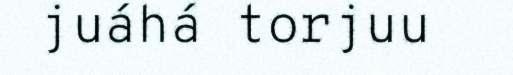
juáhá torjuu